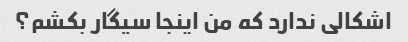
اشکالی ندارد که من اینجا سیگار بکشم؟